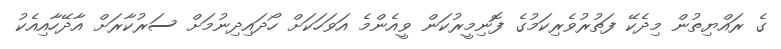
ގެ ރައްޔިތުން މިދެކޭ ފަތުރުވެރިކަމުގެ ފޮނިމީރުކަން ވީއެންމެ އަވަހަކަށް ހޯދައިދިނުމަށް ސަރުކާރަށް އާދޭހާއިއެކު